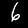
Digit: 6